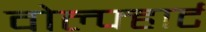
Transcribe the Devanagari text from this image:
वोल्फ्हार्ट